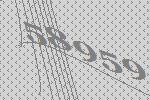
58959